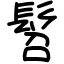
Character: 髫